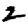
Digit: 2